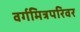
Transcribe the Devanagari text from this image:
वर्गमित्रपरिवर